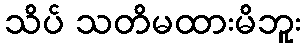
သိပ် သတိမထားမိဘူး